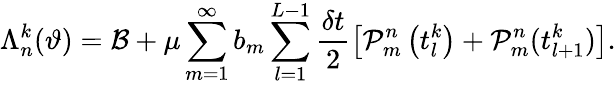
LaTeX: \Lambda_{n}^{k}(\vartheta)=\mathcal{B}+\mu\sum_{m=1}^{\infty}b_{m}\sum_{l=1}^{L-1}\frac{\delta t}{2}\left[\mathcal{P}_{m}^{n}\left(t_{l}^{k}\right)+\mathcal{P}_{m}^{n}(t_{l+1}^{k})\right].